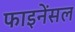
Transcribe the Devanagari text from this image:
फाइनेंसल